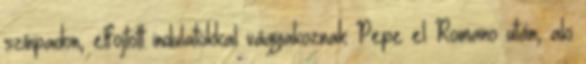
színpadon, elfojtott indulatokkal vágyakoznak Pepe el Romano után, aki